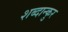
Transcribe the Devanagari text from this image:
शब्दान्कुर